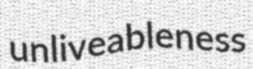
unliveableness